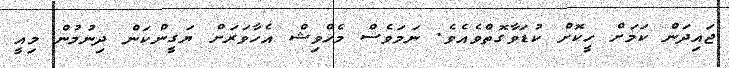
ޖައިދަން ކަމަށް ހީކޮށް ކުޑަވާގޮތްވެއެވެ. ނަމަވެސް މެހްވިޝް އެހާވަރަށް ޔަގީންކަން ދިނުމުން މިއީ